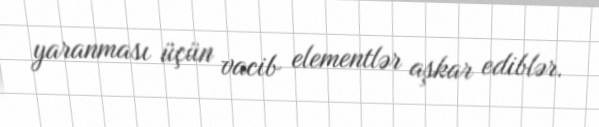
yaranması üçün vacib elementlər aşkar ediblər.